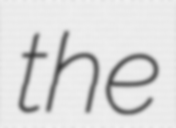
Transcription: the